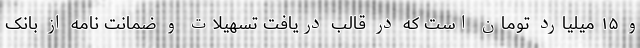
و ۱۵ میلیارد تومان است که در قالب دریافت تسهیلات و ضمانت نامه از بانک